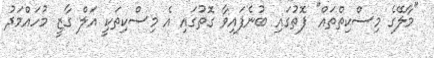
"މާލޭގެ މިސްކިތްތައް" ފޮތުގައި ބުނެފައިވާ ގޮތުގައި އެ މިސްކިތަކީ އަލް ގާޒީ މުހައްމަދު